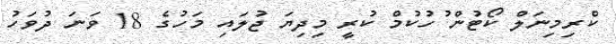
ކްރިމިނަލް ކޯޓުން ުހުކުމް ކުރީ މިދިޔަ ޖުލައި މަހުގެ 18 ވަނަ ދުވަހު